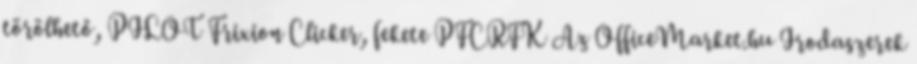
törölhető, PILOT Frixion Clicker, fekete PFCRFK Az OfficeMarket.hu Irodaszerek